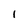
Character: 1